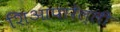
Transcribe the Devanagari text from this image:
शिआपारेल्ली